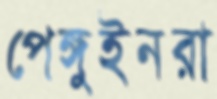
পেঙ্গুইনরা